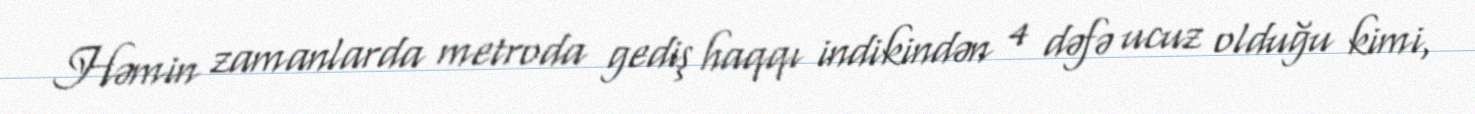
Həmin zamanlarda metroda gediş haqqı indikindən 4 dəfə ucuz olduğu kimi,